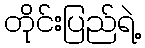
တိုင်းပြည်ရဲ့